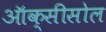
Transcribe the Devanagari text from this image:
ऑक्सीसोल